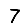
Digit: 7